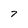
Character: 7